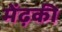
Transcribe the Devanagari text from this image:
मेंढ़की